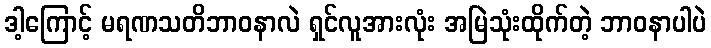
ဒါ့ကြောင့် မရဏသတိဘာဝနာလဲ ရှင်လူအားလုံး အမြဲသုံးထိုက်တဲ့ ဘာဝနာပါပဲ